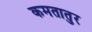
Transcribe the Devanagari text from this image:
कमतातुर